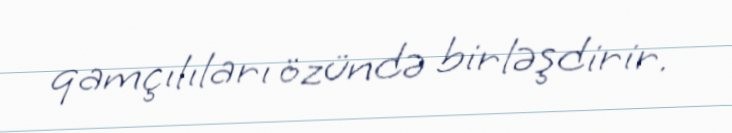
qamçılıları özündə birləşdirir.